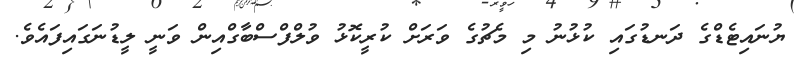
ޔުނައިޓެޑްގެ ދަނޑުގައި ކުޅުނު މި މެޗުގެ ވަރަށް ކުރީކޮޅު ވުލްފްސްބާގްއިން ވަނީ ލީޑުނަގައިފައެވެ.